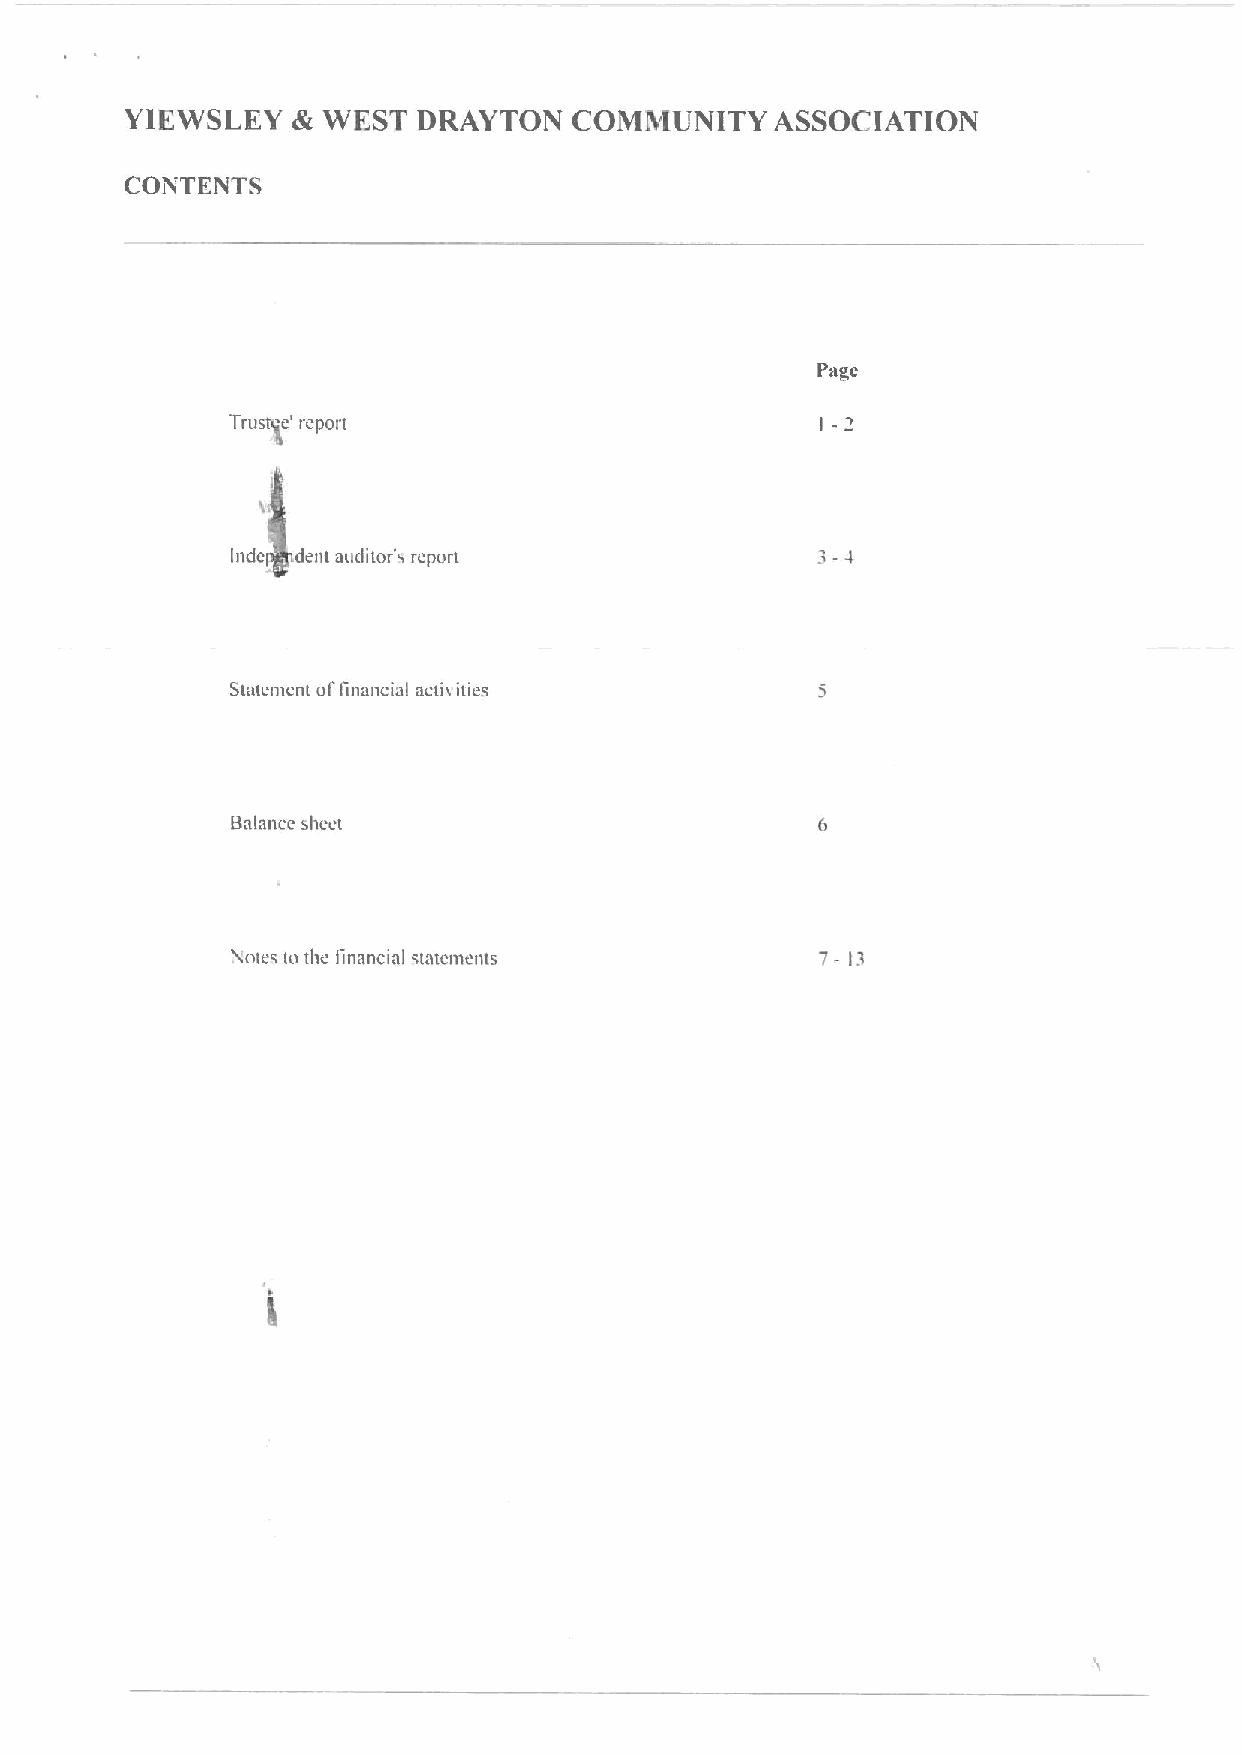
YIEWSLKY   & WEST   DRAYTON   COMMUNITY    ASSOCIATION
 CONTENTS
 Page
 Trusti e' report
 Inde dent auditorg repon
 Statement ol'tinancial actit ities
 Balance sheet
 7-
 Notes to tlte linancial stattnnents      Ia